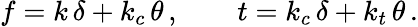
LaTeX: f=k\, \delta+k_{c}\, \theta\, ,\qquad t=k_{c}\, \delta+k_{t}\, \theta\, .